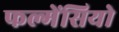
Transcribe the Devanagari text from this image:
फल्गेंसियो